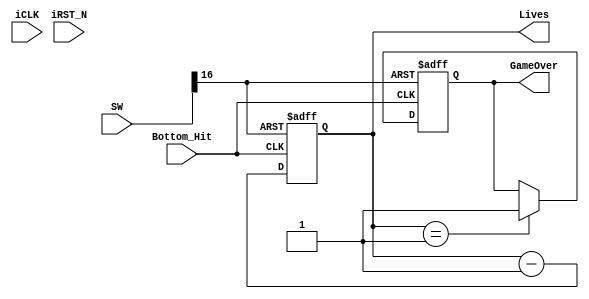
module Lives_Counter(
			Bottom_Hit,
			SW,
			Lives,
			GameOver,
			//	Control Signal
			iCLK,
			iRST_N	
		);
parameter 				START_LIVES = 8'h03;
input						Bottom_Hit;
input 		[17:0]	SW;
output reg 	[7:0] 	Lives = START_LIVES;
output reg				GameOver=0;

//	Control Signal
input						iCLK;
input						iRST_N;


always @(posedge Bottom_Hit or posedge SW[16]) begin
	if(SW[16]) begin
		Lives 	<= START_LIVES;
		GameOver	<= 0;
	end
	else begin
		if(Lives==1) begin
			Lives 	<= Lives - 1;
			GameOver <= 1;
		end
		else
			Lives 	<= Lives - 1;
	end
end

endmodule